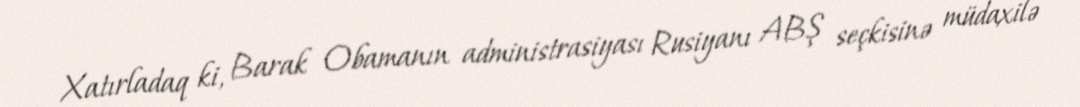
Xatırladaq ki, Barak Obamanın administrasiyası Rusiyanı ABŞ seçkisinə müdaxilə